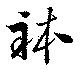
体